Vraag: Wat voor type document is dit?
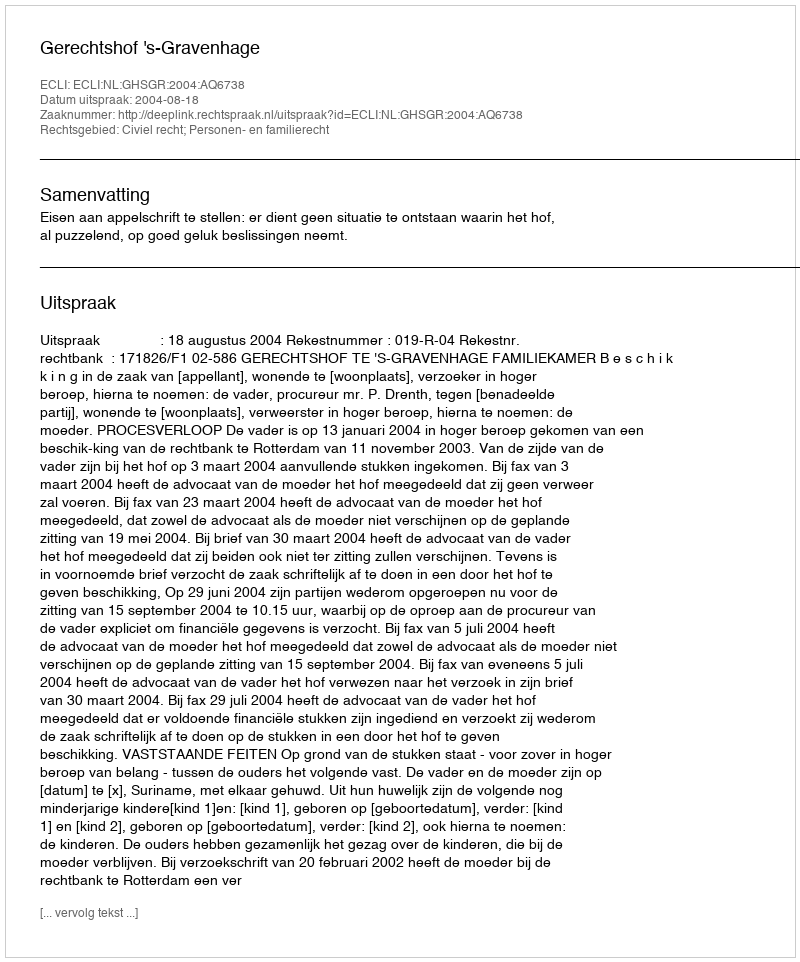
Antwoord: Uitspraak